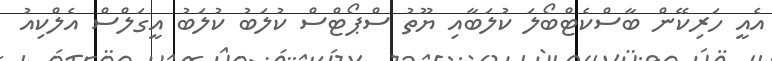
އެއީ ހަރިކޭން ބާސްކެޓްބޯލަ ކުލަބާއި ޔޫތު ސްޕޯޓްސް ކުލަބު ކުލަބު އީގަލްސް އެލްކިއު